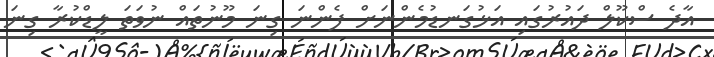
އާދެ ސްކޫލް ދައުރުގައި އަޅުގަނޑުމެންނަށް ފެންނަ ގިނަ މޫނުތައް ނުވަތަ ލީޑްކުރާ ގިނަ